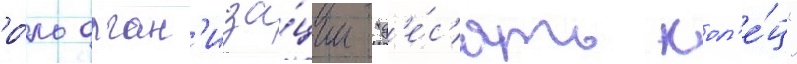
ро́ль орган'иза́ции "д'е́с'ять кол'е́ц"